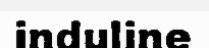
induline